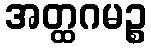
အတ္ထဂမဉ္စ